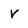
Character: v